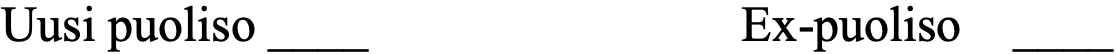
Uusi puoliso ____        Ex-puoliso ____